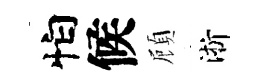
怕候頋淅